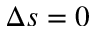
\Delta s = 0